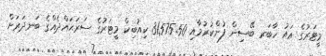
މީޓަރުގެ އައު ހާބަރ ބޭސިން ފުންކުރުމާއި 31